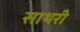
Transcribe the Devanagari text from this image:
साथरी